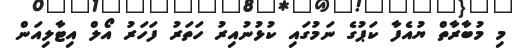
މި މުބާރާތް ޔުއެފާ ކަޕުގެ ނަމުގައި ކުޅުނުއިރު ހަތަރު ފަހަރު އޯލް އިޓާލިއަން